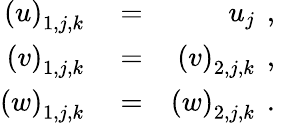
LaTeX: \begin{array}{rlr}{\left(u\right)_{1,j,k}}&{{}=}&{u_{j}\, \mathrm{~,~}}\\ {\left(v\right)_{1,j,k}}&{{}=}&{\left(v\right)_{2,j,k}\, \mathrm{~,~}}\\ {\left(w\right)_{1,j,k}}&{{}=}&{\left(w\right)_{2,j,k}\, \mathrm{~.~}}\end{array}